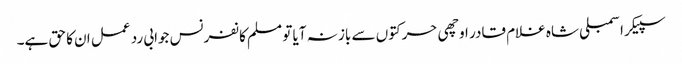
سپیکر اسمبلی شاہ غلام قادر اوچھی حرکتوں سے باز نہ آیا تو مسلم کانفرنس جوابی رد عمل ان کا حق ہے۔